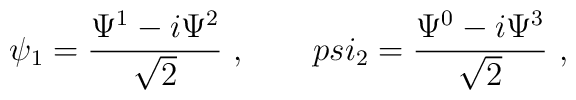
\psi_1=\frac{\Psi^1-i\Psi^2}{\sqrt 2}\ ,\ \ \ \ \ \ \ \\psi_2=\frac{\Psi^0-i\Psi^3}{\sqrt 2} \ ,